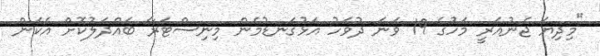
"މިދިޔަ ޖެނުއަރީ މަހުގެ 19 ވަނަ ދުވަހު އަޅުގަނޑުމެން މިނިސްޓަރާ ބައްދަލުކޮށް އެކަން